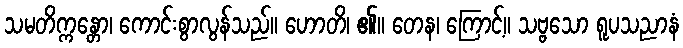
သမတိက္ကန္တော၊ ကောင်းစွာလွန်သည်။ ဟောတိ၊ ၏။ တေန၊ ကြောင့်။ သဗ္ဗသော ရူပသညာနံ